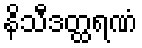
နိသီဒတ္ထရဏံ